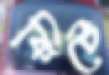
কিটে